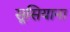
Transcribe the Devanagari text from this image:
सूसियाना